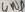
Text: GND